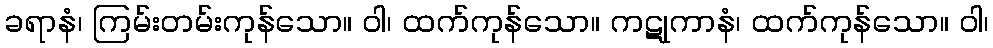
ခရာနံ၊ ကြမ်းတမ်းကုန်သော။ ဝါ၊ ထက်ကုန်သော။ ကဋုကာနံ၊ ထက်ကုန်သော။ ဝါ၊